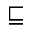
\sqsubseteq